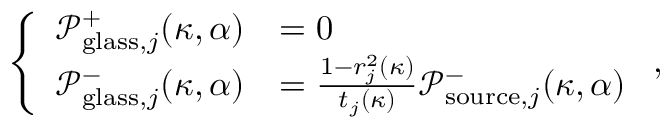
\left\{ \begin{array} { l l } { \mathcal { P } _ { \mathrm { g l a s s } , j } ^ { + } ( \kappa , \alpha ) } & { = 0 } \\ { \mathcal { P } _ { \mathrm { g l a s s } , j } ^ { - } ( \kappa , \alpha ) } & { = \frac { 1 - r _ { j } ^ { 2 } ( \kappa ) } { t _ { j } ( \kappa ) } \mathcal { P } _ { \mathrm { s o u r c e } , j } ^ { - } ( \kappa , \alpha ) } \end{array} \right. ,